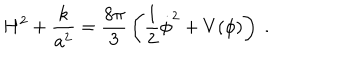
H ^ { 2 } + \frac { k } { a ^ { 2 } } = \frac { 8 \pi } { 3 } \, \left( \frac { 1 } { 2 } \dot { \phi } ^ { 2 } + V ( \phi ) \right) \ .